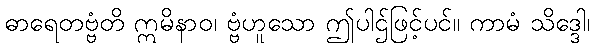
ဓာရေတဗ္ဗံတိ ဣမိနာဝ၊ ဗ္ဗံဟူသော ဤပါဌ်ဖြင့်ပင်။ ကာမံ သိဒ္ဒေါ၊